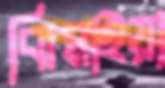
ঝিমাইয়া